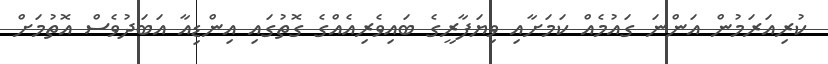
ކުރިއަރަމުން އަންނަ ގައުމެއް ކަމަށާއި ވިޔަފާރީގެ ބައިވެރިއެއްގެ ގޮތުގައި އިންޑިއާ އަބަދުވެސް އޮތުމަށް